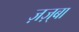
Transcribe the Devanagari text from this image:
ज़ज़्बा